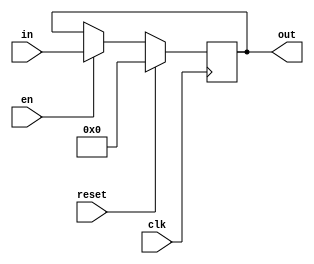

module reg_8b(
    input [7:0] in,
    input clk,
    input en,
    input reset,
    output reg [7:0] out
    );
    
    always@(posedge clk) begin
        if(reset)
            out <= 0;
        else if(en)
            out <= in;
    end
endmodule